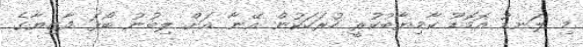
މި ލަނޑު އޮމޮޑޫ ކާމިޔާބުކުރީ ހުރަހަކުން އޭނާ އަށް ލިބުނު ބޯޅަ މާޒިޔާގެ